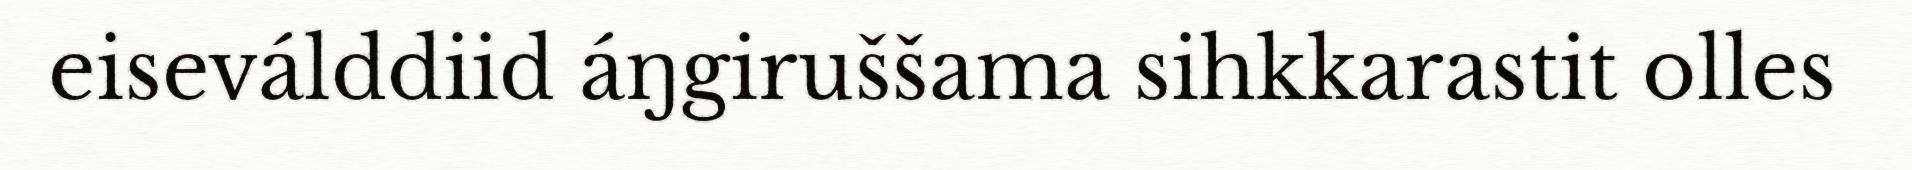
eiseválddiid áŋgiruššama sihkkarastit olles